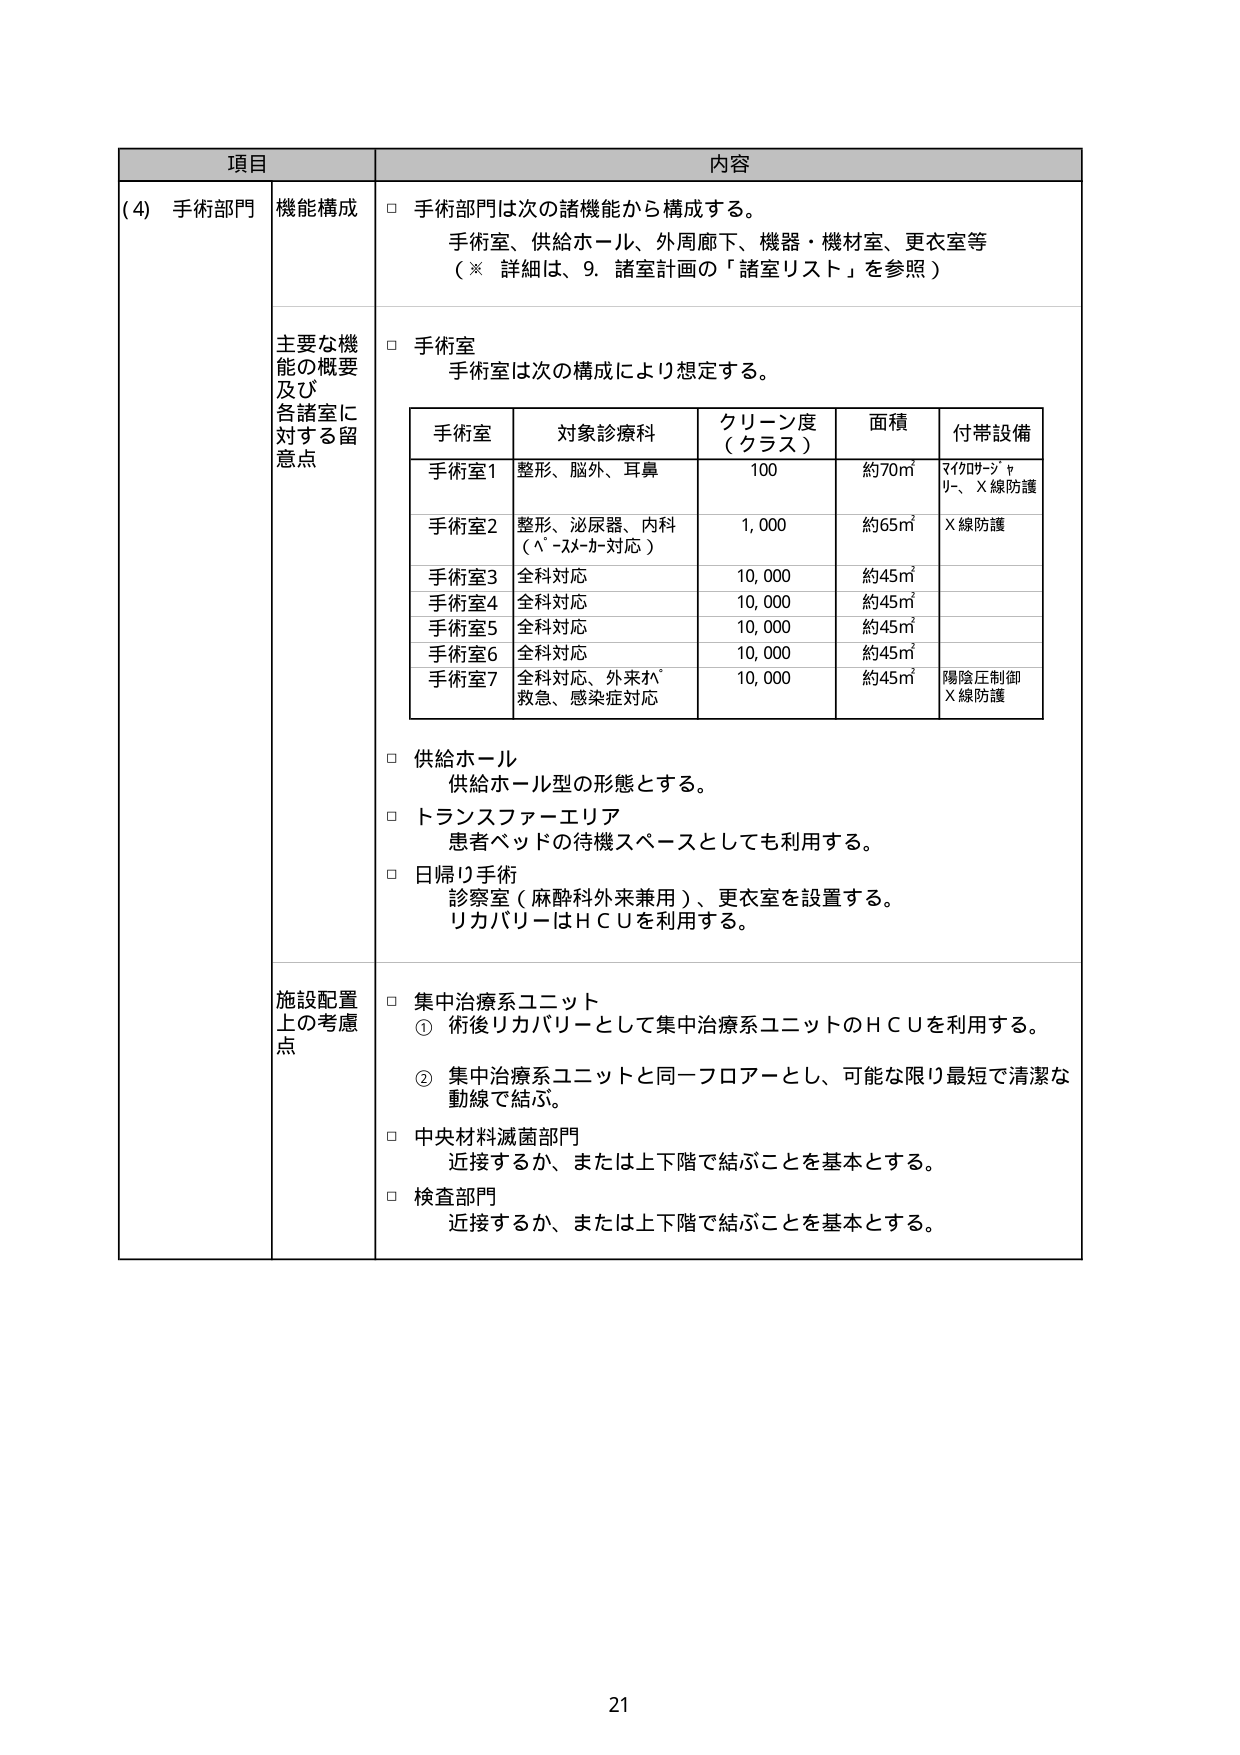
項目 内容
(4) 手術部門 機能構成 □ 手術部門は次の諸機能から構成する。
手術室、供給ホール、外周廊下、機器・機材室、更衣室等
（※ 詳細は、9. 諸室計画の「諸室リスト」を参照）
主要な機能の概要及び各諸室に対する留意点 □ 手術室
手術室は次の構成により想定する。
手術室 対象診療科 クリーン度（クラス） 面積 付帯設備
手術室1 整形、脳外、耳鼻 100 約70㎡ マイクロサージャリー、X線防護
手術室2 整形、泌尿器、内科（ﾍﾞｰｽﾒｰｶｰ対応） 1,000 約65㎡ X線防護
手術室3 全科対応 10,000 約45㎡
手術室4 全科対応 10,000 約45㎡
手術室5 全科対応 10,000 約45㎡
手術室6 全科対応 10,000 約45㎡
手術室7 全科対応、外来救急、感染症対応 10,000 約45㎡ 陽陰圧制御X線防護
□ 供給ホール
供給ホール型の形態とする。
□ トランスファーエリア
患者ベッドの待機スペースとしても利用する。
□ 日帰り手術
診察室（麻酔科外来兼用）、更衣室を設置する。
リカバリーはＨＣＵを利用する。
施設配置上の考慮点 □ 集中治療系ユニット
① 術後リカバリーとして集中治療系ユニットのＨＣＵを利用する。
② 集中治療系ユニットと同一フロアーとし、可能な限り最短で清潔な動線で結ぶ。
□ 中央材料滅菌部門
近接するか、または上下階で結ぶことを基本とする。
□ 検査部門
近接するか、または上下階で結ぶことを基本とする。
21